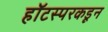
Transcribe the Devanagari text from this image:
हॉटस्परकडून